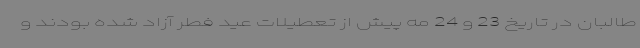
طالبان در تاریخ 23 و 24 مه پیش از تعطیلات عید فطر آزاد شده بودند و